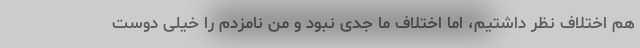
هم اختلاف نظر داشتیم، اما اختلاف ما جدی نبود و من نامزدم را خیلی دوست